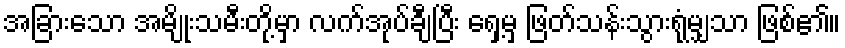
အခြားသော အမျိုးသမီးတို့မှာ လက်အုပ်ချီပြီး ရှေ့မှ ဖြတ်သန်းသွားရုံမျှသာ ဖြစ်၏။